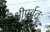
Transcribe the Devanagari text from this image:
श्रीपर्वतः